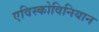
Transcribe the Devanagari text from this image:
एविस्कोविनियान